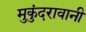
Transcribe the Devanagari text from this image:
मुकुंदरावानी